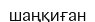
шаңқиған